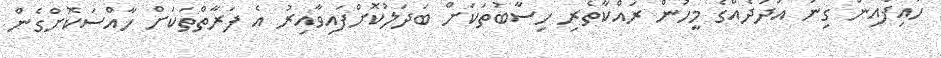
ހައިފާއިން ގިނަ އަދަދެއްގެ މީހުން ރައްކާތެރި ހިސާބުތަކަށް ބަދަލުކޮށްފައިވާއިރު އެ ފަރާތްތަކަށް ހާއްސަކޮށްގެން